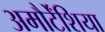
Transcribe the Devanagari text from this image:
अमौर्टेंशिया